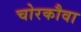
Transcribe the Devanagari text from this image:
चोरकौवा